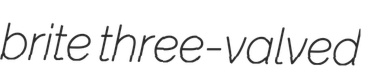
brite three-valved